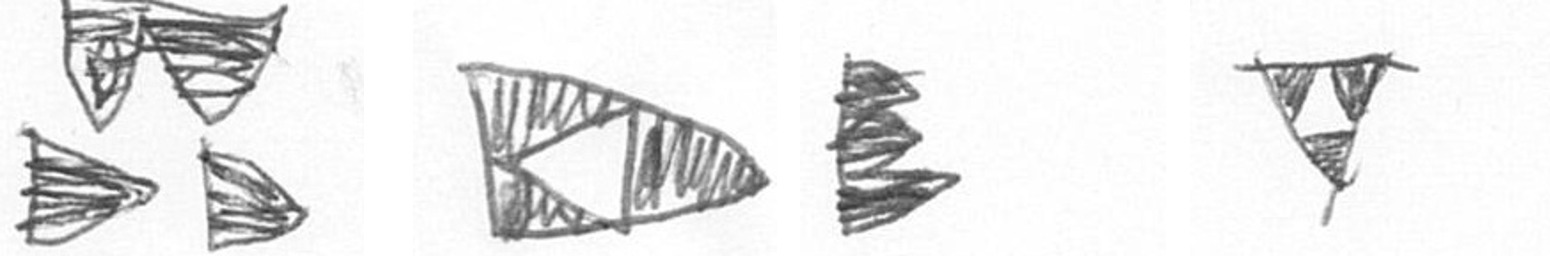
B K H S